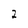
Character: 2